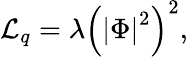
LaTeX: {\cal L}_{q}=\lambda\left(\left|\Phi\right|^{2}\right)^{2},